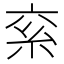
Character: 𥾻